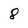
Character: 8